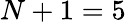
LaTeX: N+1=5